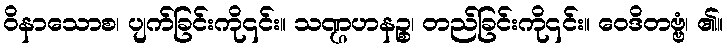
ဝိနာသောစ၊ ပျက်ခြင်းကို၎င်း။ သဏ္ဌဟနဉ္စ၊ တည်ခြင်းကို၎င်း။ ဝေဒိတဗ္ဗံ၊ ၏။